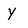
Character: y